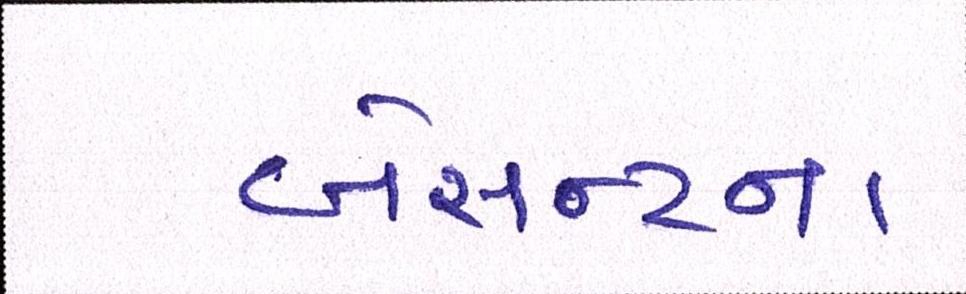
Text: બેસન્ટના